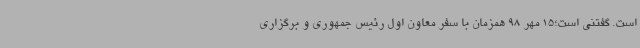
است. گفتنی است؛15 مهر 98 همزمان با سفر معاون اول رئیس جمهوری و برگزاری